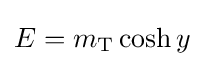
E=m_{\text{T}}\cosh {y}